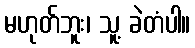
မဟုတ်ဘူး၊ သူ့ ခဲတံပါ။